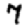
Digit: 7